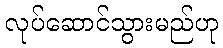
လုပ်ဆောင်သွားမည်ဟု